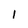
Character: 1